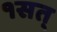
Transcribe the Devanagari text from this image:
१सत्